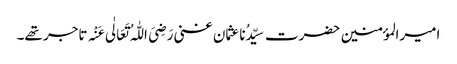
امیرالمؤمنین حضرت سیِّدُناعثمان غنی رَضِیَ اللّٰہُ تَعَالٰی عَنْہ تاجر تھے۔